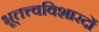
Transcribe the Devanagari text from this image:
भूतत्त्वविशारदों